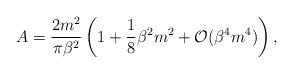
LaTeX: \begin{align*}A = \frac{2m^2}{\pi \beta^2} \left( 1 + \frac{1}{8} \beta^2 m^2 + {\cal O}(\beta^4 m^4) \right),\end{align*}